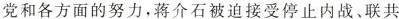
党和各方面的努力，蒋介石被迫接受停止内战、联共